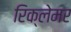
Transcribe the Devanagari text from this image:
रिक्लेमर